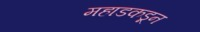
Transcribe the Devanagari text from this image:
महाडकडून